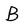
Character: B